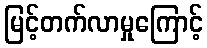
မြင့်တက်လာမှုကြောင့်